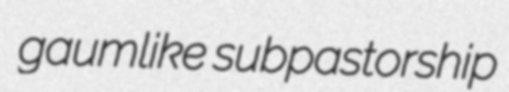
gaumlike subpastorship